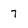
Character: 7